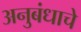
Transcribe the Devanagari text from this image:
अनुबंधाचे